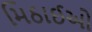
મિઠાઈઓ